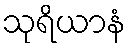
သုရိယာနံ